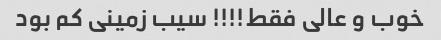
خوب و عالی فقط!!!! سیب زمینی کم بود